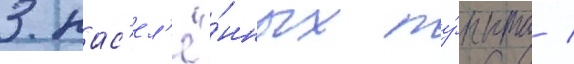
3 нас'ел'ё́нных пу́нкта /